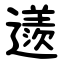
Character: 䢭